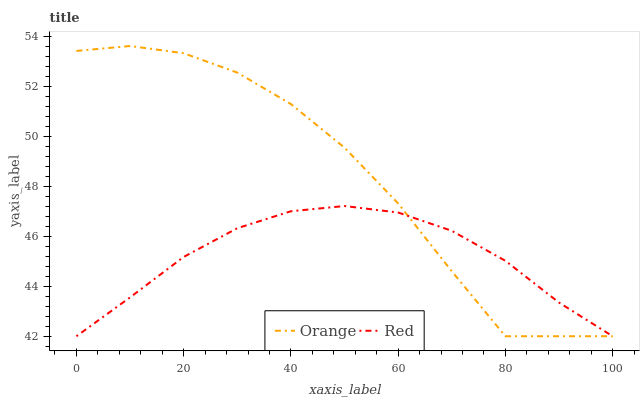
| xaxis_label | Orange | Red |
 | --- | --- | --- |
 | 0 | 53.4 | 42 |
 | 10 | 53.6 | 43.6 |
 | 20 | 53.3 | 45.2 |
 | 30 | 52.6 | 46.3 |
 | 40 | 51.3 | 47 |
 | 50 | 49.5 | 47.2 |
 | 60 | 47.3 | 47 |
 | 70 | 44.6 | 46.2 |
 | 80 | 42 | 45 |
 | 90 | 42 | 43.3 |
 | 100 | 42 | 42 |